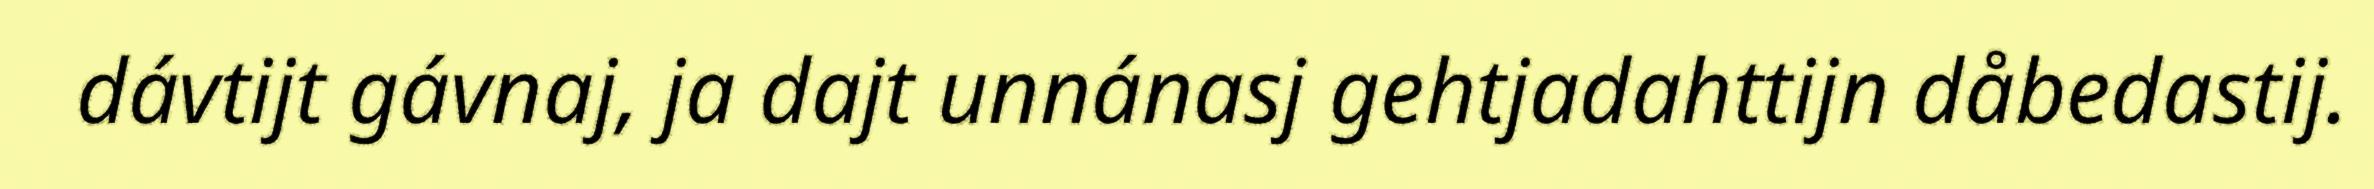
dávtijt gávnaj, ja dajt unnánasj gehtjadahttijn dåbedastij.